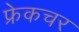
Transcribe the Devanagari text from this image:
फ्रेकचर